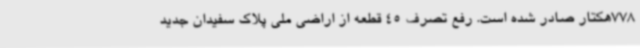
778هکتار صادر شده است. رفع تصرف 45 قطعه از اراضی ملی پلاک سفیدان جدید